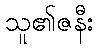
သူ၏ဇနီး